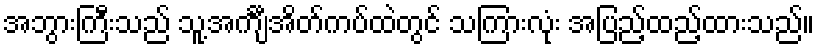
အဘွားကြီးသည် သူ့အင်္ကျီအိတ်ကပ်ထဲတွင် သကြားလုံး အပြည့်ထည့်ထားသည်။